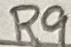
Text: R9